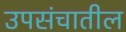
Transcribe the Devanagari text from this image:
उपसंचातील